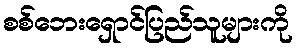
စစ်ဘေးရှောင်ပြည်သူများကို